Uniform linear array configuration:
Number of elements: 8
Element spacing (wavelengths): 1
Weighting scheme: exponential
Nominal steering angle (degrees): -30
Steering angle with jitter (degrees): -31.772
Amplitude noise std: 0.05
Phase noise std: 0.05

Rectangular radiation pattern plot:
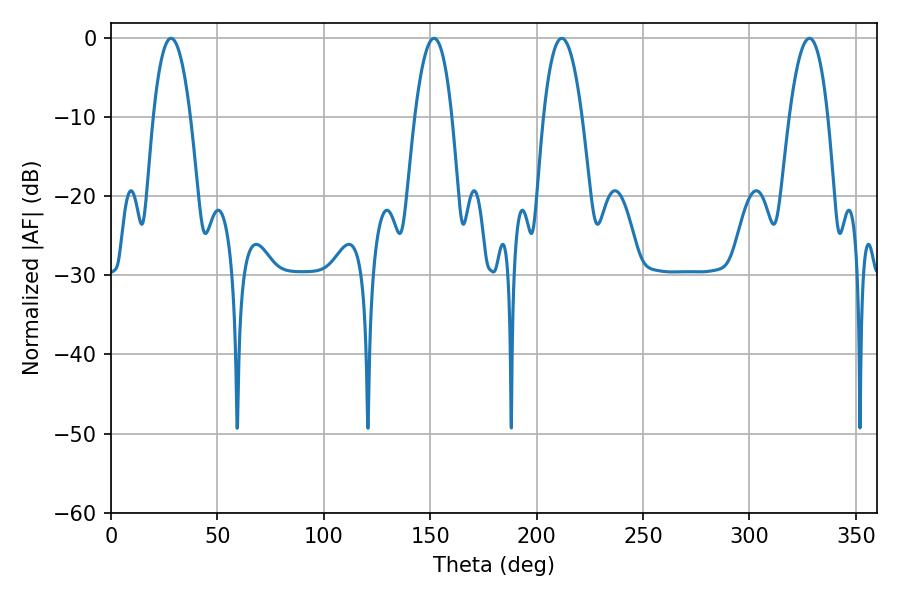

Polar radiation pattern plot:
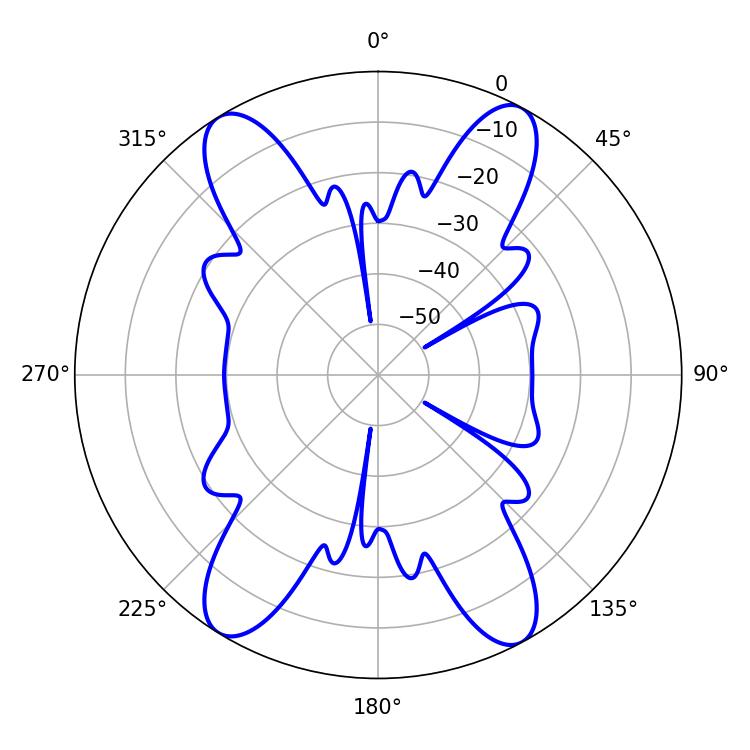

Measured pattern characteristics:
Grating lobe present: TRUE
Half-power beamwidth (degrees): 9.54
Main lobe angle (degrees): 28.26